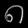
Digit: ၈